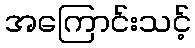
အကြောင်းသင့်